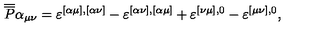
\overline { { \overline { { P } } } } \alpha _ { \mu \nu } = \varepsilon ^ { [ \alpha \mu ] , [ \alpha \nu ] } - \varepsilon ^ { [ \alpha \nu ] , [ \alpha \mu ] } + \varepsilon ^ { [ \nu \mu ] , 0 } - \varepsilon ^ { [ \mu \nu ] , 0 } ,